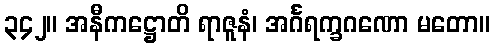
၃၄၂။ အနီကဋ္ဌောတိ ရာဇူနံ၊ အင်္ဂရက္ခဂဏော မတော။